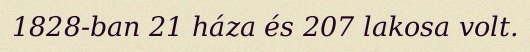
1828-ban 21 háza és 207 lakosa volt.